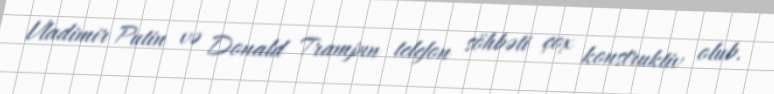
Vladimir Putin və Donald Trampın telefon söhbəti çox konstruktiv olub.